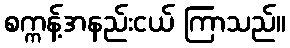
စက္ကန့်အနည်းငယ် ကြာသည်။